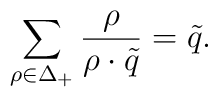
\sum_{\rho\in\Delta_+}{\rho\over{\rho\cdot\tilde{q}}}=\tilde{q}.